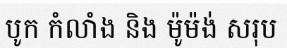
បូក កំលាំង និង ម៉ូម៉ង់ សរុប